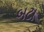
બટા